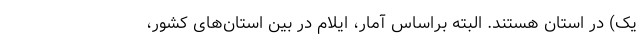
یک) در استان هستند. البته براساس آمار، ایلام در بین استان‌های کشور،